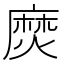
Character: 𪎖